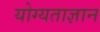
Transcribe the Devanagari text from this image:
योग्यताज्ञान